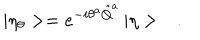
LaTeX: | \eta _ { \theta } > = e ^ { - i \theta ^ { a } \hat { Q } ^ { a } } \, | \eta > \ \ \ .